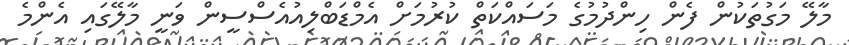
މާލޭ މަގުތަކުން ފެން ހިންދުމުގެ މަސައްކަތް ކުރުމަށް އެމްޑަބްލިއުއެސްސީން ވަނީ މާލޭގައި އެންމެ